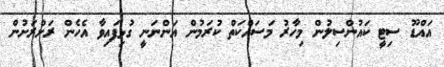
އައްޑޫ ސިޓީ ކައުންސިލުން މިހާރު މަސައްކަތް ކުރަމުން އަންނަނީ ގުޅިފައިވާ އެހެން ރަށްރަށުން